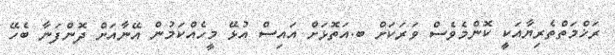
ރަޚްމަތްތެރިޔާއަކީ ކޮންމެވެސް ވަރަކަށް ބ.އަތޮޅަށް އައިސް އުޅޭ މީހެއްކަމުން އޭނާއަށް ދޮންފަނާ ބެހޭ